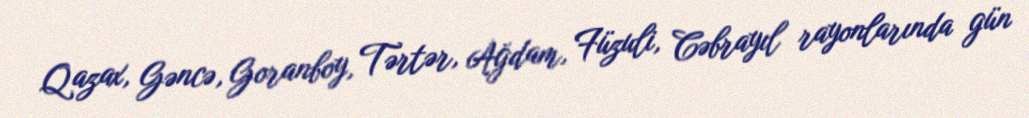
Qazax, Gəncə, Goranboy, Tərtər, Ağdam, Füzuli, Cəbrayıl rayonlarında gün